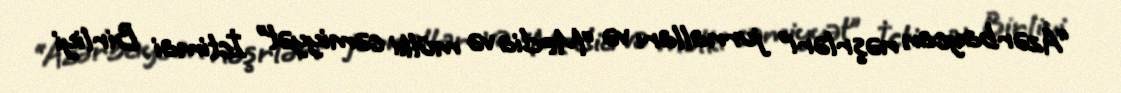
“Azərbaycan nəşrləri” jurnalları və “Media və mülki cəmiyyət” İctimai Birliyi